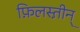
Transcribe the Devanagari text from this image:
फ़िलस्त़ीन्